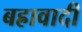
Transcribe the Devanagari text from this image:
बह्रावादी